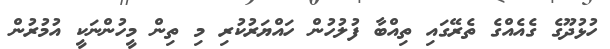
ހުޅުދޫގެ ގެއެއްގެ ތެރޭގައި ތިއްބާ ފުލުހުން ހައްޔަރުކުރި މި ތިން މީހުންނަކީ އުމުރުން